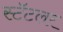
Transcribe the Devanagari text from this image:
स्टॅटलर